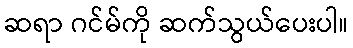
ဆရာ ဂင်မ်ကို ဆက်သွယ်ပေးပါ။